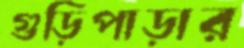
গুড়িপাড়ার